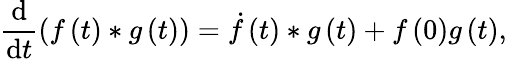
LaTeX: \frac{\mathrm{d}}{\mathrm{d}t}\left(f\left(t\right)\ast g\left(t\right)\right)=\dot{f}\left(t\right)\ast g\left(t\right)+f\left(0\right)g\left(t\right),